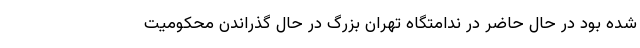
شده بود در حال حاضر در ندامتگاه تهران بزرگ در حال گذراندن محکومیت